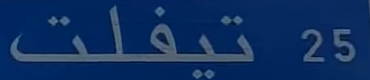
25 تيفلت